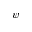
\psi